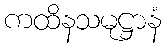
ကထိနသမုဋ္ဌာနံ